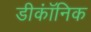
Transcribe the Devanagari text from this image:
डीकॉंनिक